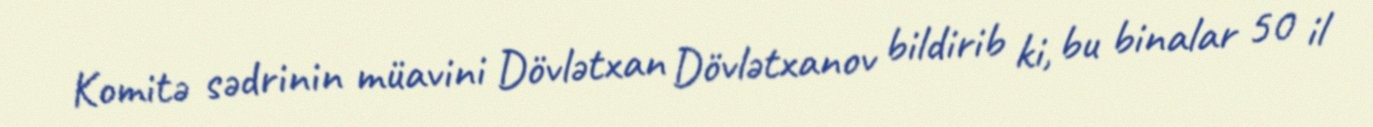
Komitə sədrinin müavini Dövlətxan Dövlətxanov bildirib ki, bu binalar 50 il